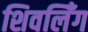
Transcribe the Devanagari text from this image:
शिवलिँग